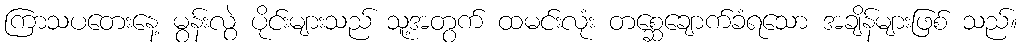
ကြာသပတေးနေ့ မွန်းလွဲ ပိုင်းများသည် သူ့အတွက် ထမင်းလုံး တစ္ဆေချောက်ခံရသော အချိန်များဖြစ် သည်။